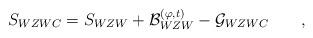
LaTeX: \begin{align*} S_{WZWC} = S_{WZW} + {\cal B}^{(\varphi,t)}_{WZW} - {\cal G}_{WZWC} \qquad ,\end{align*}